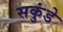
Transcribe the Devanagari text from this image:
सकुंडे